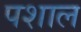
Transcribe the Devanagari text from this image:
पशाल